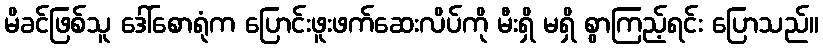
မိခင်ဖြစ်သူ ဒေါ်စောရုံက ပြောင်းဖူးဖက်ဆေးလိပ်ကို မီးရှိ မရှိ စွာကြည့်ရင်း ပြောသည်။